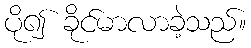
ပို၍ ခိုင်မာလာခဲ့သည်။